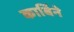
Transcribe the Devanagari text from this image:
कार्बिने